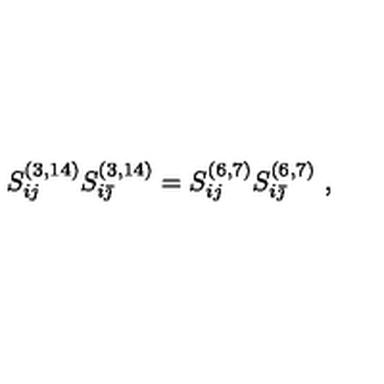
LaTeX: S _ { i j } ^ { ( 3 , 1 4 ) } S _ { i { \bar { \jmath } } } ^ { ( 3 , 1 4 ) } = S _ { i j } ^ { ( 6 , 7 ) } S _ { i { \bar { \jmath } } } ^ { ( 6 , 7 ) } \ ,